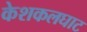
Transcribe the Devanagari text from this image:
केशकलघाट